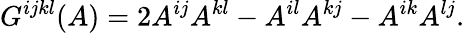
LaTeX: G^{ijkl}(A)=2A^{ij}A^{kl}-A^{il}A^{kj}-A^{ik}A^{lj}.